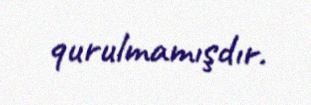
qurulmamışdır.